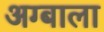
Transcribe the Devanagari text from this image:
अग्बाला